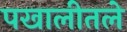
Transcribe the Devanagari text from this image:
पखालीतले